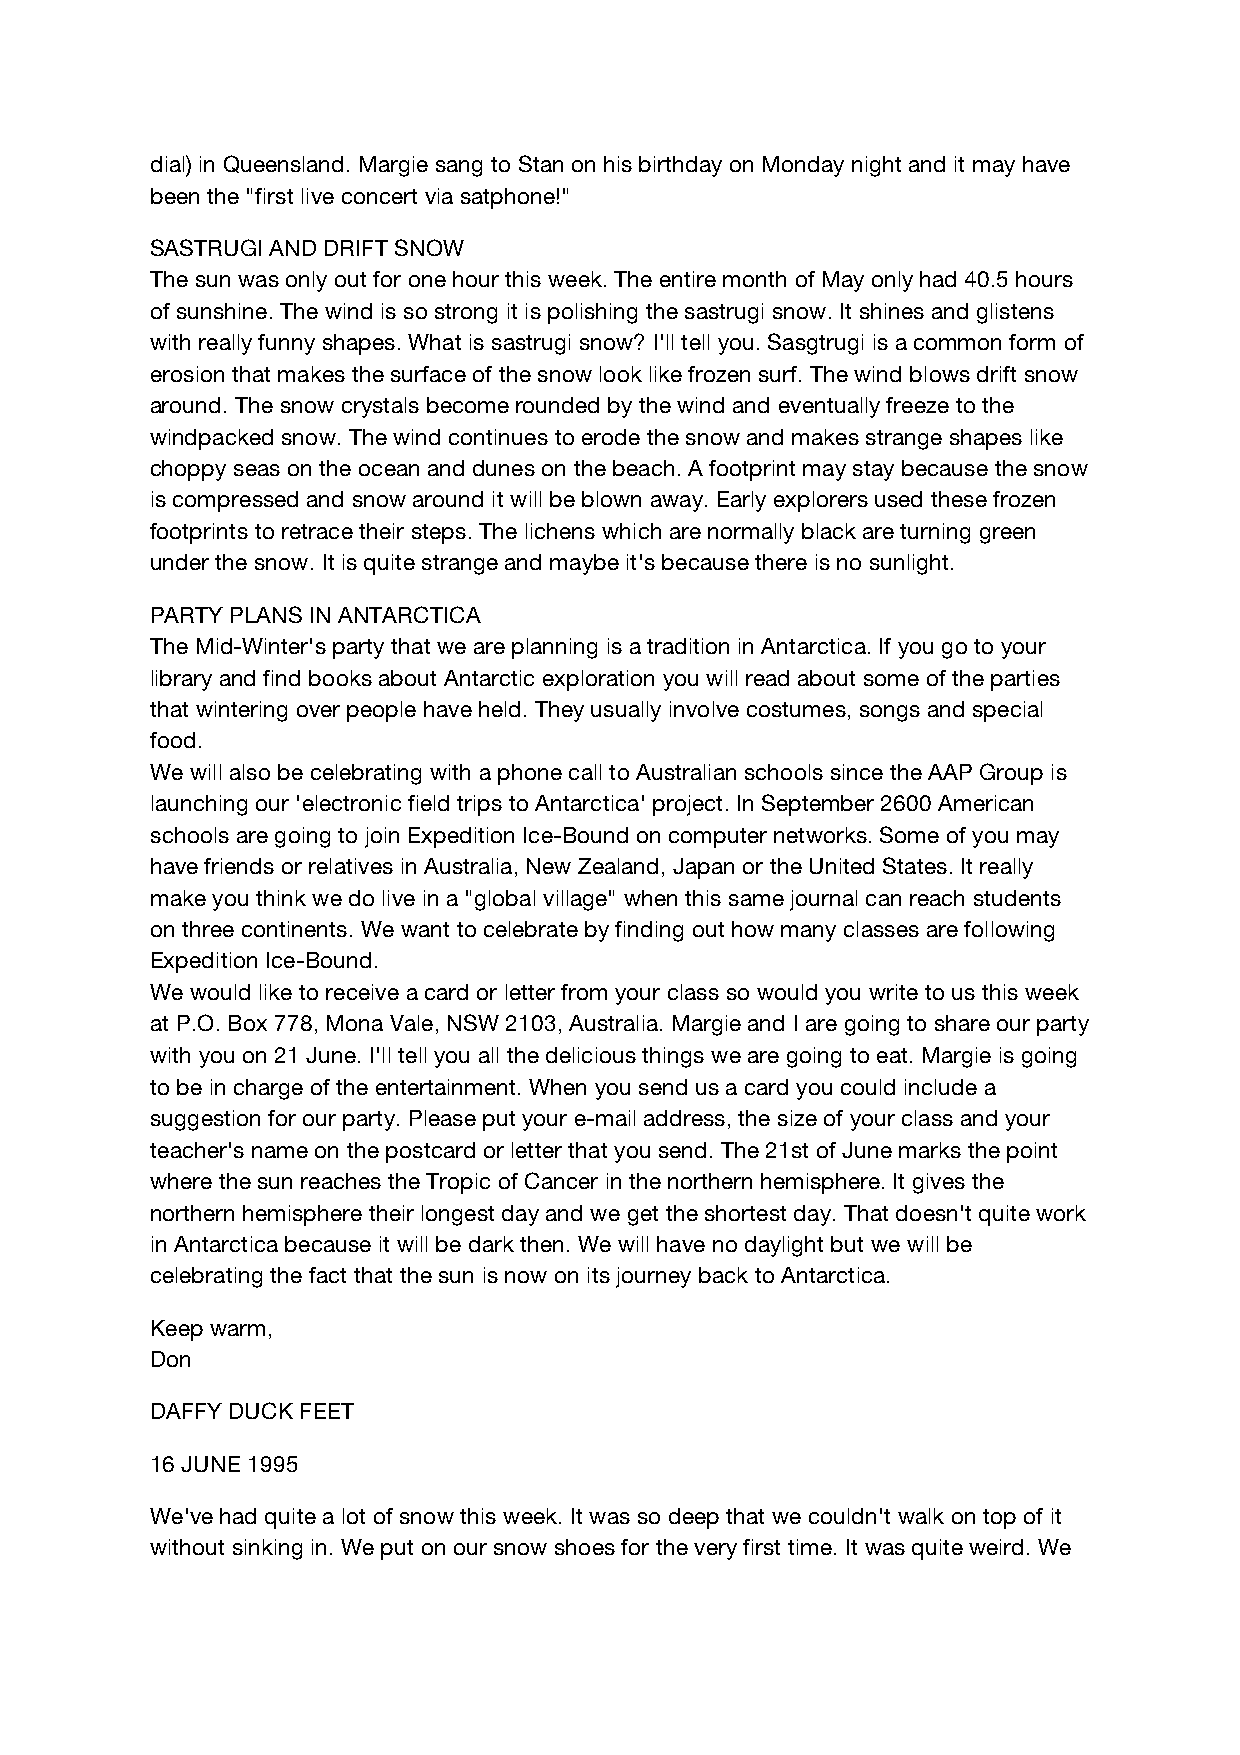
dial) in Queensland. Margie sang to Stan on his birthday on Monday night and it may have
 been the "first live concert via satphone!"
 SASTRUGI AND DRIFT SNOW
 The sun was only out for one hour this week. The entire month of May only had 40.5 hours
 of sunshine. The wind is so strong it is polishing the sastrugi snow. It shines and glistens
 with really funny shapes. What is sastrugi snow? I'll tell you. Sasgtrugi is a common form of
 erosion that makes the surface of the snow look like frozen surf. The wind blows drift snow
 around. The snow crystals become rounded by the wind and eventually freeze to the
 windpacked snow. The wind continues to erode the snow and makes strange shapes like
 choppy seas on the ocean and dunes on the beach. A footprint may stay because the snow
 is compressed and snow around it will be blown away. Early explorers used these frozen
 footprints to retrace their steps. The lichens which are normally black are turning green
 under the snow. It is quite strange and maybe it's because there is no sunlight.
 PARTY PLANS IN ANTARCTICA
 The Mid-Winter's party that we are planning is a tradition in Antarctica. If you go to your
 library and find books about Antarctic exploration you will read about some of the parties
 that wintering over people have held. They usually involve costumes, songs and special
 food.
 We will also be celebrating with a phone call to Australian schools since the AAP Group is
 launching our 'electronic field trips to Antarctica' project. In September 2600 American
 schools are going to join Expedition Ice-Bound on computer networks. Some of you may
 have friends or relatives in Australia, New Zealand, Japan or the United States. It really
 make you think we do live in a "global village" when this same journal can reach students
 on three continents. We want to celebrate by finding out how many classes are following
 Expedition Ice-Bound.
 We would like to receive a card or letter from your class so would you write to us this week
 at P.O. Box 778, Mona Vale, NSW 2103, Australia. Margie and I are going to share our party
 with you on 21 June. I'll tell you all the delicious things we are going to eat. Margie is going
 to be in charge of the entertainment. When you send us a card you could include a
 suggestion for our party. Please put your e-mail address, the size of your class and your
 teacher's name on the postcard or letter that you send. The 21st of June marks the point
 where the sun reaches the Tropic of Cancer in the northern hemisphere. It gives the
 northern hemisphere their longest day and we get the shortest day. That doesn't quite work
 in Antarctica because it will be dark then. We will have no daylight but we will be
 celebrating the fact that the sun is now on its journey back to Antarctica.
 Keep warm,
 Don
 DAFFY DUCK FEET
 16 JUNE 1995
 We've had quite a lot of snow this week. It was so deep that we couldn't walk on top of it
 without sinking in. We put on our snow shoes for the very first time. It was quite weird. We